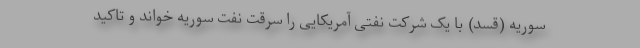
سوریه (قسد) با یک شرکت نفتی آمریکایی را سرقت نفت سوریه خواند و تاکید